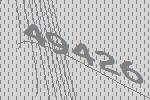
49426